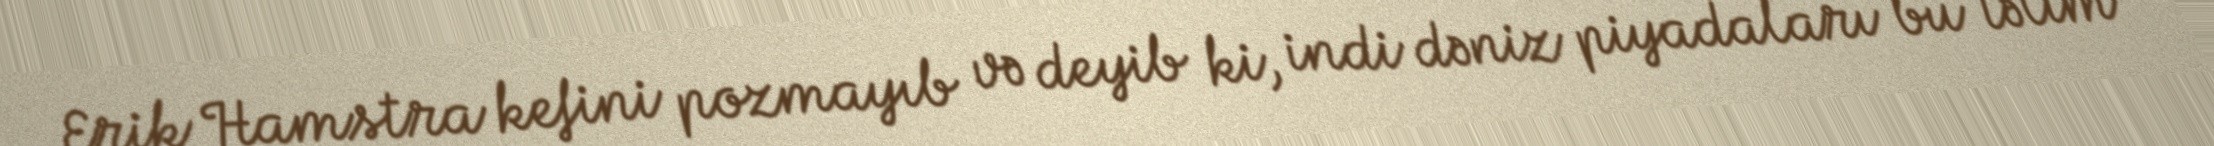
Erik Hamstra kefini pozmayıb və deyib ki, indi dəniz piyadaları bu təlim